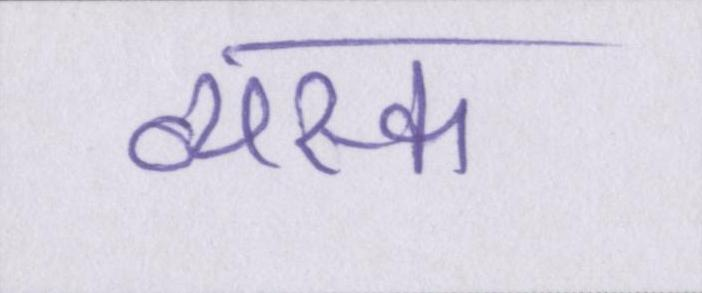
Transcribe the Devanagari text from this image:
व्यस्क